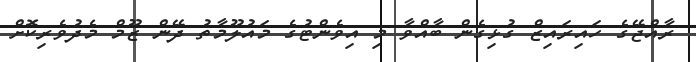
ރާއްޖޭގެ ހައިރައިޒް ގުޅިގެން ބާއްވާ މި އިވެންޓުގެ މައުލޫމާތު ދޭން ޒޫމް މެދުވެރިކޮށް